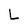
Character: L